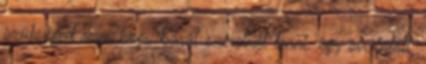
szükséged van, hogy barát szeretnél lenni. egy sír fölött,